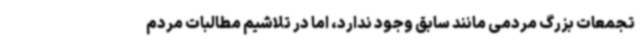
تجمعات بزرگ مردمی مانند سابق وجود ندارد، اما در تلاشیم مطالبات مردم